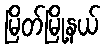
မြိတ်မြို့နယ်